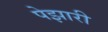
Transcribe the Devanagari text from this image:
पेझारी